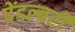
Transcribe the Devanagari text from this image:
पेंडल्बरी